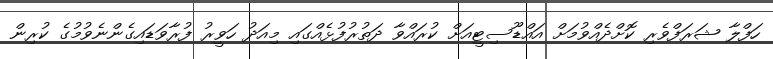
ހަފްލާ ޝަރަފްވެރި ކޮށްދެއްވުމަށް އައްޑޫސިޓީއަށް ކުރައްވާ ދަތުރުފުޅެއްގައި މިއަދު ހަވީރު ފުރާވަޑައިގެންނެވުމުގެ ކުރިން